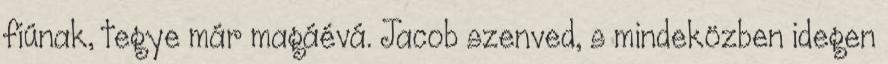
fiúnak, tegye már magáévá. Jacob szenved, s mindeközben idegen